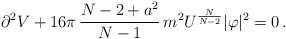
LaTeX: \begin{align*}\partial^2 V +16\pi\,\frac{N-2+a^2}{N-1}\,m^2U^{\frac{N}{N-2}}|\varphi|^2=0\, .\end{align*}